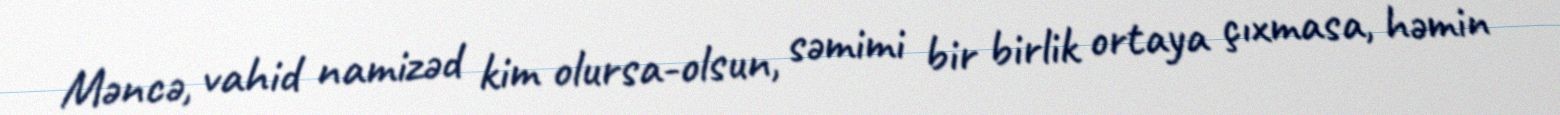
Məncə, vahid namizəd kim olursa-olsun, səmimi bir birlik ortaya çıxmasa, həmin